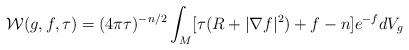
LaTeX: \begin{align*}\mathcal{W}(g,f,\tau) = (4\pi\tau)^{-n/2}\int_{M}[\tau(R+|\nabla f|^{2})+f-n]e^{-f}dV_{g}\end{align*}